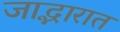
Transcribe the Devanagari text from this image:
जाद्भारात